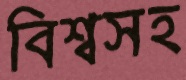
বিশ্বসহ